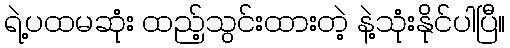
ရဲ့ပထမဆုံး ထည့်သွင်းထားတဲ့ နဲ့သုံးနိုင်ပါပြီ။